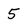
Character: 5